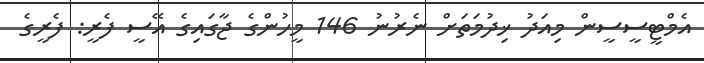
އެމްޓީސީސީން މިއަދު ޚިދުމަތަށް ނެރުނު 146 މީހުންގެ ޖާގައިގެ އޭސީ ފެރީ: ފެރީގެ